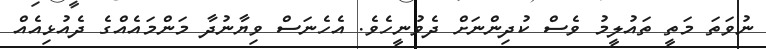
ނުވަތަ މަތީ ތައުލީމު ވެސް ކުދިންނަށް ދެވުނީހެވެ. އެހެނަސް ވިޔާނުދާ މަންމައެއްގެ ދެއުޅިއެއް